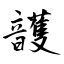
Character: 頀